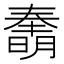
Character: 𰖫